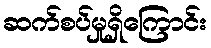
ဆက်စပ်မှုရှိကြောင်း